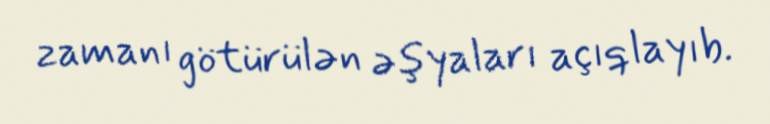
zamanı götürülən əşyaları açıqlayıb.